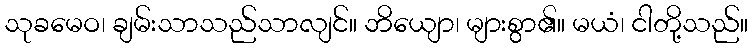
သုခမေဝ၊ ချမ်းသာသည်သာလျင်။ ဘိယျော၊ များစွာ၏။ မယံ၊ ငါတို့သည်။